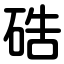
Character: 硞